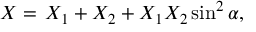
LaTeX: X = \, X _ { 1 } + X _ { 2 } + X _ { 1 } X _ { 2 } \sin ^ { 2 } \alpha ,